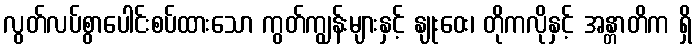
လွတ်လပ်စွာပေါင်းစပ်ထားသော ကွတ်ကျွန်းများနှင့် နျုးဝေး၊ တိုကလိုနှင့် အန္တာတိက ရှိ